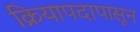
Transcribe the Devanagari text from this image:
क्रियापदापासून